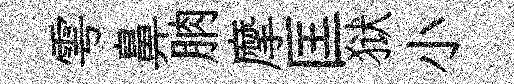
雩鼻朒摩匡狱小